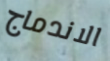
الاندماج